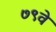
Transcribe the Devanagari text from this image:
७९वे